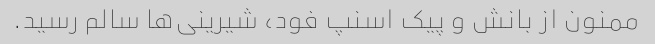
ممنون از بانش و پیک اسنپ فود، شیرینی‌ها سالم رسید.